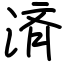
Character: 済